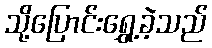
သို့ပြောင်းရွှေ့ခဲ့သည်